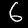
Label: 6